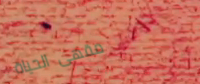
مقهى الحياة